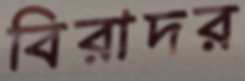
বিরাদর